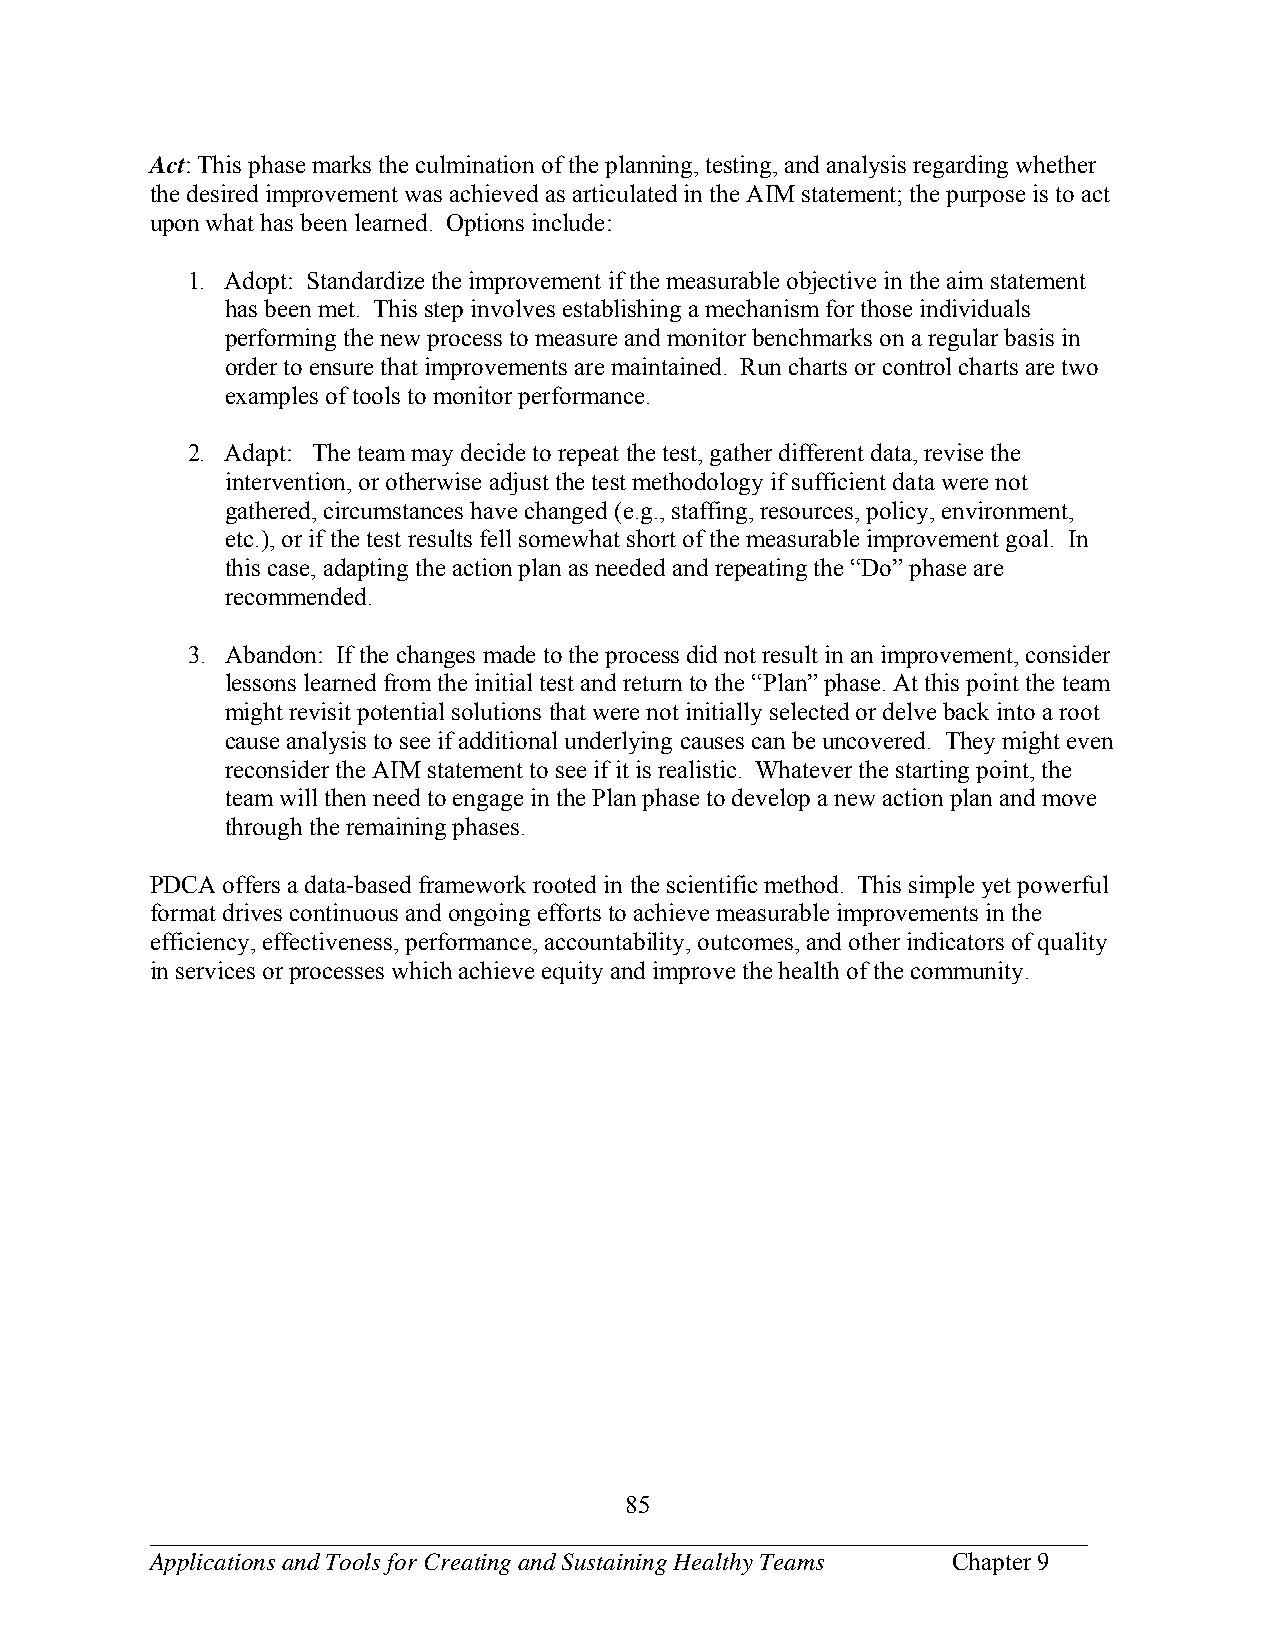
Act: This phase marks the culmination of the planning, testing, and analysis regarding whether
 the desired improvement was achieved as articulated in the AIM statement; the purpose is to act
 upon what has been learned. Options include:
 1. Adopt: Standardize the improvement if the measurable objective in the aim statement
 has been met. This step involves establishing a mechanism for those individuals
 performing the new process to measure and monitor benchmarks on a regular basis in
 order to ensure that improvements are maintained. Run charts or control charts are two
 examples of tools to monitor performance.
 2. Adapt: The team may decide to repeat the test, gather different data, revise the
 intervention, or otherwise adjust the test methodology if sufficient data were not
 gathered, circumstances have changed (e.g., staffing, resources, policy, environment,
 etc.), or if the test results fell somewhat short of the measurable improvement goal. In
 this case, adapting the action plan as needed and repeating the “Do” phase are
 recommended.
 3. Abandon: If the changes made to the process did not result in an improvement, consider
 lessons learned from the initial test and return to the “Plan” phase. At this point the team
 might revisit potential solutions that were not initially selected or delve back into a root
 cause analysis to see if additional underlying causes can be uncovered. They might even
 reconsider the AIM statement to see if it is realistic. Whatever the starting point, the
 team will then need to engage in the Plan phase to develop a new action plan and move
 through the remaining phases.
 PDCA offers a data-based framework rooted in the scientific method. This simple yet powerful
 format drives continuous and ongoing efforts to achieve measurable improvements in the
 efficiency, effectiveness, performance, accountability, outcomes, and other indicators of quality
 in services or processes which achieve equity and improve the health of the community.
 85
 ___________________________________________________________________________
 Applications and Tools for Creating and Sustaining Healthy Teams Chapter 9